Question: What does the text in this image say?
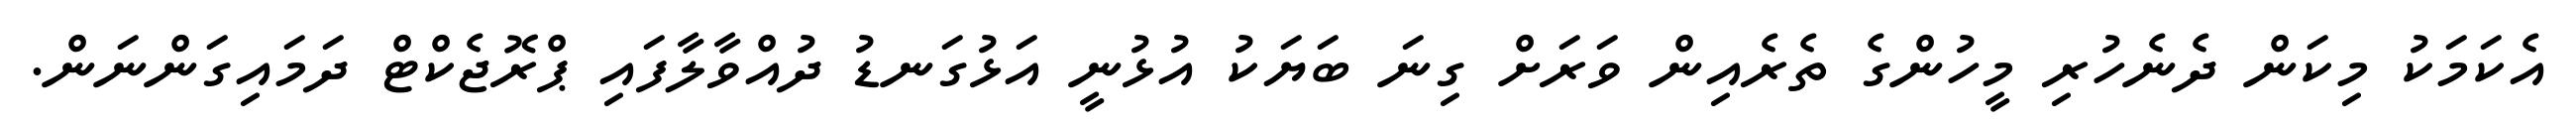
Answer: އެކަމަކު މިކަން ދެނެހުރި މީހުންގެ ތެރެއިން ވަރަށް ގިނަ ބަޔަކު އުޅުނީ އަޅުގަނޑު ދުއްވާލާފައި ޕްރޮޖެކްޓް ދަމައިގަންނަން.